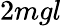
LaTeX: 2mgl